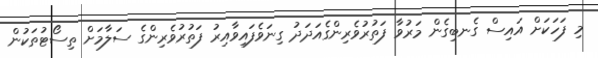
މި ފަހަކަށް އައިސް ގެނބިގެން މަރުވާ ފަތުރުވެރިންގެއަދަދު ގިނަވެފައިވާއިރު ފަތުރުވެރިންގެ ސަލާމަށް ތިސޯޓުތަކުން